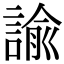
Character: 諭